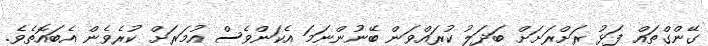
ގޭންގްތައް ފަޅު ރަށްރަށަށް ބަދަލު ކުރައްވަން ބޭނުންނަމަ އެކަންވެސް އުމަރަށް ކުރެވެން އެބައޮތެވެ.